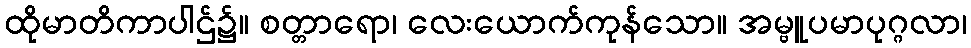
ထိုမာတိကာပါဌ်၌။ စတ္တာရော၊ လေးယောက်ကုန်သော။ အမ္ဗူပမာပုဂ္ဂလာ၊